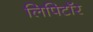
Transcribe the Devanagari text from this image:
लिपिटॉर